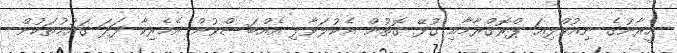
އީރާނުގެ ނިއުކްލިއަ ޕްރޮގްރާމާއި ގުޅޭ ގޮތުން އެކުލަވާލި އެއްބަސްވުން އެމެރިކާ ފަދަ ގައުމުތަކުން